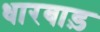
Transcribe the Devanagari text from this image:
धारबाड़